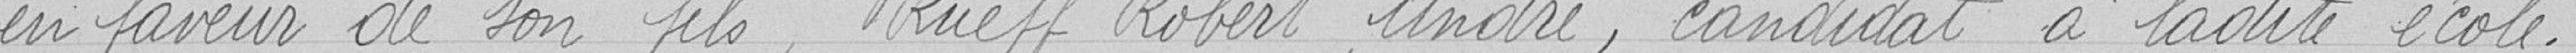
en faveur de son fils, Rueff Robert André, candidat à al dite école.